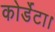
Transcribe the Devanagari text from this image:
कोर्डेटा।